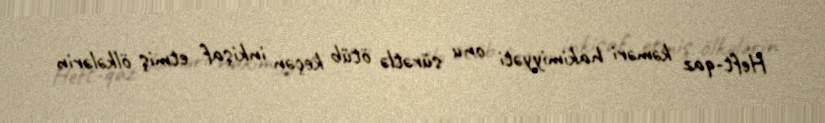
Heft-qaz kəməri hakimiyyəti onu sürətlə ötüb keçən inkişaf etmiş ölkələrin